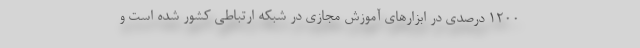
۱۲۰۰ درصدی در ابزارهای آموزش مجازی در شبکه ارتباطی کشور شده است و